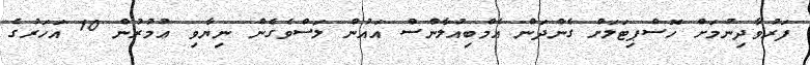
ފަރުވާދިނުމަށް ހޮސްޕިޓަލަށް ގެންދަން އެމްބިއުލާންސް އައުން ލަސްވެގެން ނިޔާވި ޢުމުރުން 10 އަހަރުގެ